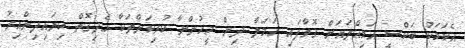
އެކަމަކު ބަކްސީ އަމިއްލައަށް ގޮވާފައި ހަމަލާ ދިން މީހުންނާ ކުރިކަންތަކާ ހެދިގޮތް ކިޔައިދިންއިރު